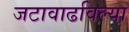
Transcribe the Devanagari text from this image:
जटावाढविल्या